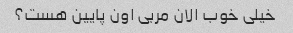
خیلی خوب الان مربی اون پایین هست؟